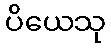
ပိယေသု